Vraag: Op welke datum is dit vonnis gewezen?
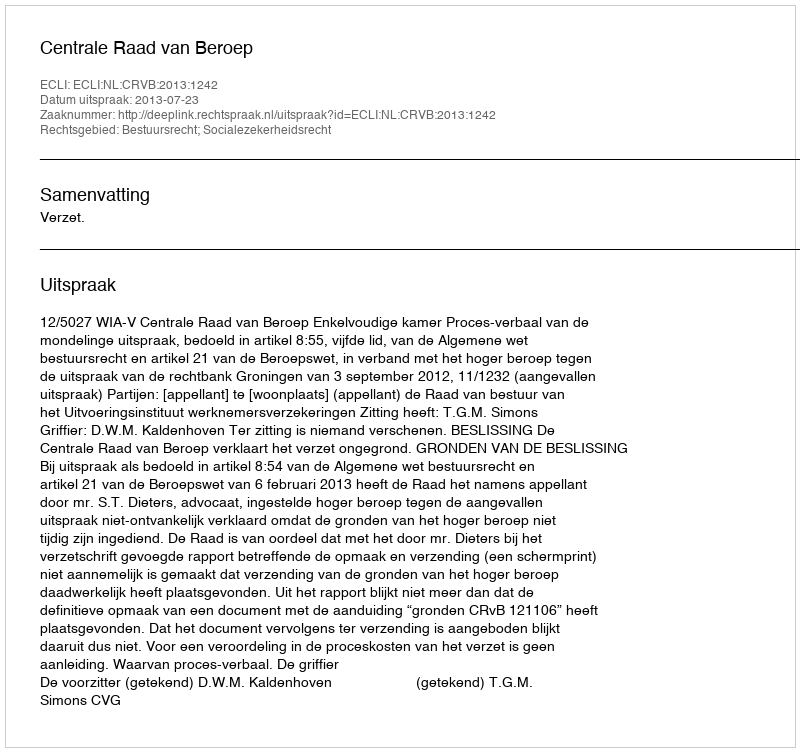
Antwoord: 2013-07-23